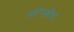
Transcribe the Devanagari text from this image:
मोरेस्बीचा